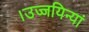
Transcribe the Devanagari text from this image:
।उज्जयिन्यां